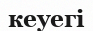
кеуегі